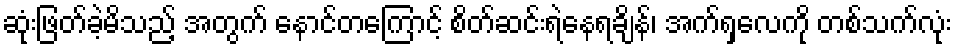
ဆုံးဖြတ်ခဲ့မိသည့် အတွက် နောင်တကြောင့် စိတ်ဆင်းရဲနေရချိန်၊ အက်ရှလေကို တစ်သက်လုံး